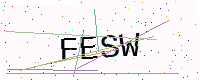
Text: FESW